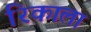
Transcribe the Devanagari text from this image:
रिकाला